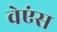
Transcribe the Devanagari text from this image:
वेएंस